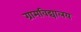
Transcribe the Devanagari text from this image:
ग्रामविद्यालय